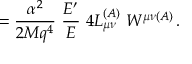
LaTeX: = { \frac { \alpha ^ { 2 } } { 2 M q ^ { 4 } } } ~ { \frac { E ^ { \prime } } { E } } ~ 4 L _ { \mu \nu } ^ { ( A ) } ~ W ^ { \mu \nu ( A ) } \, .